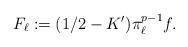
LaTeX: \begin{align*} F_\ell:=(1/2-K^\prime)\pi_\ell^{p-1}f.\end{align*}